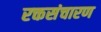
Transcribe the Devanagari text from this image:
रक्तसंचारण